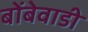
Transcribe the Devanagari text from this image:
बोंबेवाडी